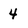
Character: 4